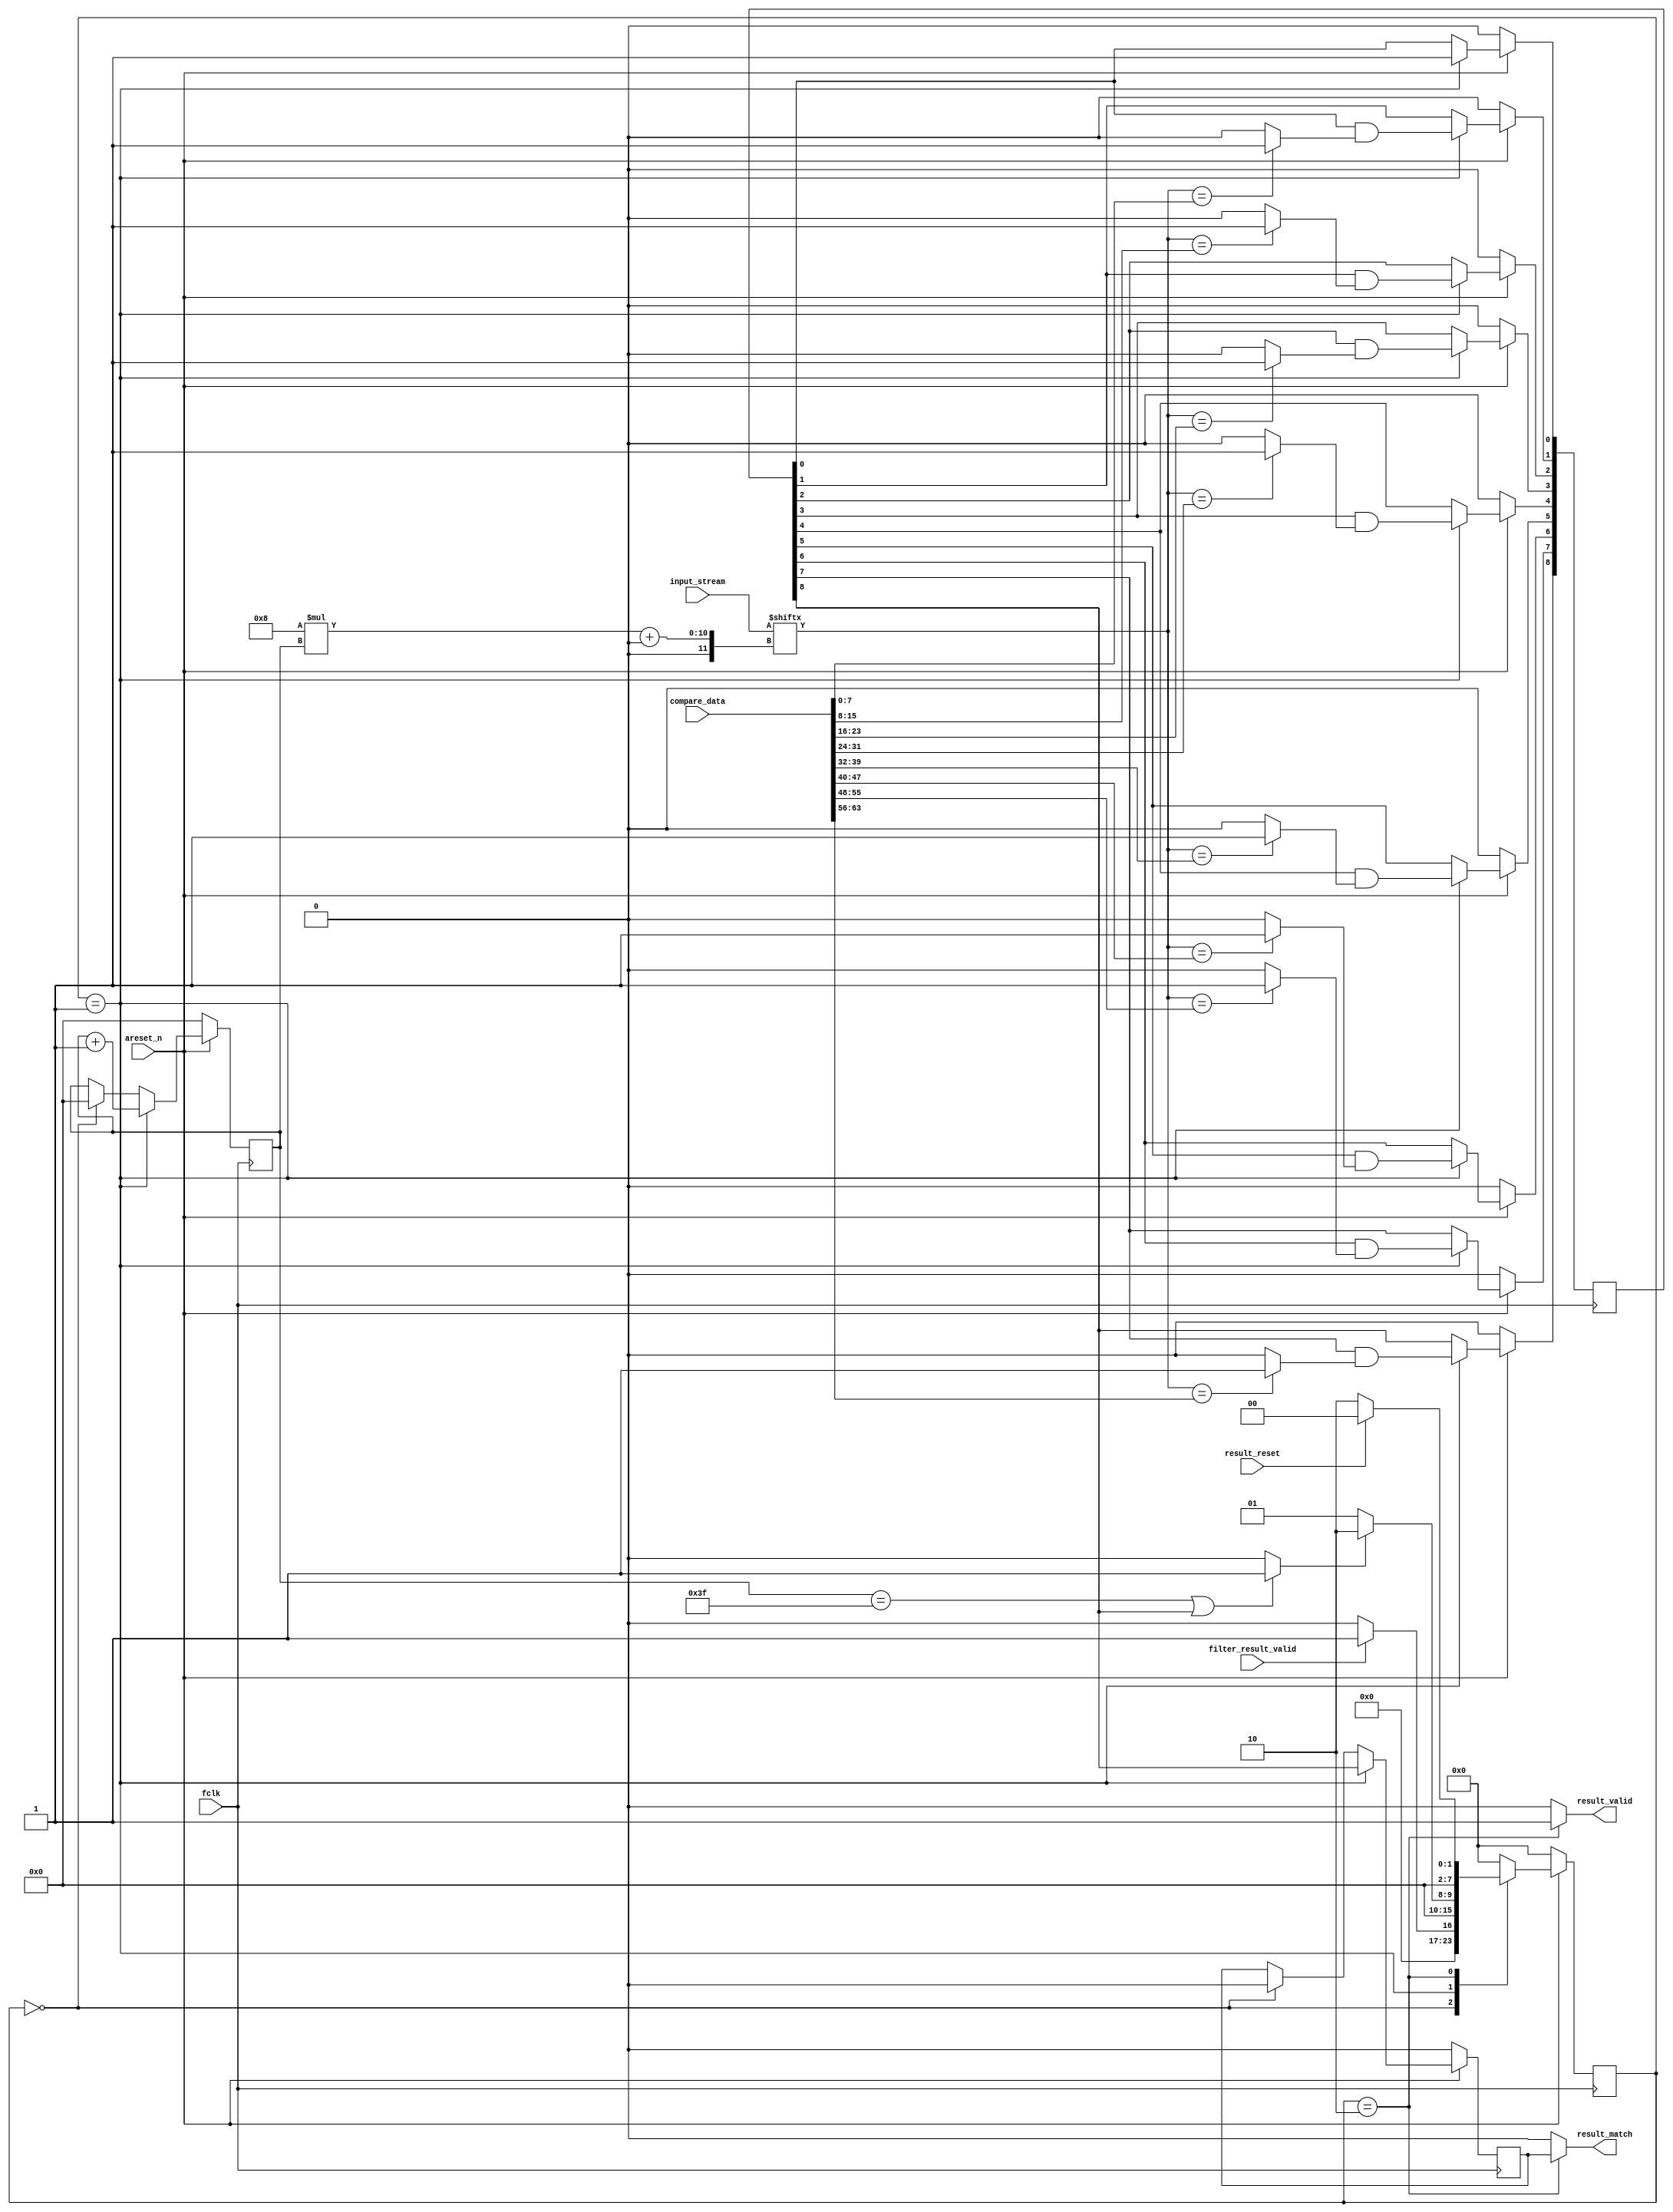
`timescale 1ns/100ps
module matcher_shift_or #
(
    parameter integer INPUT_STREAM_WIDTH = 512,
    parameter integer DATA_WIDTH = 64
)
(
    input fclk,
    input areset_n,

    //matcher input data interface
    input [INPUT_STREAM_WIDTH-1:0] input_stream,

    //matcher filter result output interface
    input [DATA_WIDTH-1:0] compare_data,
    input filter_result_valid,

    output result_valid,
    output result_match,
    input result_reset
);

    reg [DATA_WIDTH/8-1:0] binary_vector;
    reg [DATA_WIDTH/8:0] shift_vector;
    reg [$clog2(INPUT_STREAM_WIDTH/8)-1:0] filter_result_index;
    reg result_match_reg;

    reg [7:0] cur_state;
    reg [7:0] next_state;

    wire operation_done;

    localparam [7:0]  SHIFT_IDLE = 8'h0,
                SHIFT_OPERATION = 8'h1,
                SHIFT_DONE = 8'h2;

    always @(posedge fclk) begin
        if(!areset_n) begin
            cur_state <= SHIFT_IDLE;
        end else begin
            cur_state <= next_state;
        end
    end

    always @(*) begin
        case(cur_state)
            SHIFT_IDLE: begin
                if(filter_result_valid)
                    next_state <= SHIFT_OPERATION;
                else
                    next_state <= SHIFT_IDLE;
            end
            SHIFT_OPERATION: begin
                if(operation_done)
                    next_state <= SHIFT_DONE;
                else
                    next_state <= SHIFT_OPERATION;
            end
            SHIFT_DONE: begin
                if(result_reset)
                    next_state <= SHIFT_IDLE;
                else
                    next_state <= SHIFT_DONE;
            end
            default: begin
                next_state <= SHIFT_IDLE;
            end
        endcase
    end
    
    always @(posedge fclk) begin
        if(!areset_n) begin
            filter_result_index <= 'h0;
        end else begin
            if(cur_state == SHIFT_OPERATION) 
                filter_result_index <= filter_result_index + 1;
            else if(cur_state == SHIFT_IDLE)
                filter_result_index <= 'h0;
        end
    end

    assign operation_done = filter_result_index == INPUT_STREAM_WIDTH/8-1 || shift_vector[DATA_WIDTH/8] ? 1'b1 : 1'b0;

    integer binary_vector_count;
    always @(*) begin
        for(binary_vector_count = 0; binary_vector_count < DATA_WIDTH/8; binary_vector_count = binary_vector_count + 1) begin
            if(input_stream[8*filter_result_index+:8] == compare_data[8*binary_vector_count+:8])
                binary_vector[binary_vector_count] = 1'b1;
            else
                binary_vector[binary_vector_count] = 1'b0;
        end
    end

    integer shift_vector_count;
    always @(posedge fclk) begin
        if(!areset_n) begin
            shift_vector <= 'h0;
        end else begin
            if(cur_state == SHIFT_OPERATION) begin
                shift_vector[0] <= 1'b1;
                for(shift_vector_count = 0; shift_vector_count < DATA_WIDTH/8; shift_vector_count = shift_vector_count + 1) begin
                    shift_vector[shift_vector_count+1] <= shift_vector[shift_vector_count] & binary_vector[shift_vector_count];
                end
            end
        end
    end

    always @(posedge fclk) begin
        if(!areset_n) begin
            result_match_reg <= 1'b0;
        end else begin
            if(cur_state == SHIFT_OPERATION)
                result_match_reg <= shift_vector[DATA_WIDTH/8];
            else if(cur_state == SHIFT_IDLE)
                result_match_reg <= 1'b0;
        end
    end

    assign result_match = cur_state == SHIFT_DONE ? result_match_reg : 1'b0;
    assign result_valid = cur_state == SHIFT_DONE ? 1'b1 : 1'b0;

endmodule